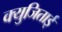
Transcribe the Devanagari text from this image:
क्युजिताई